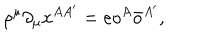
LaTeX: \rho ^ { \mu } \partial _ { \mu } x ^ { A A ^ { \prime } } = e o ^ { A } \bar { o } ^ { A ^ { \prime } } ,